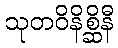
သုတဝိနိစ္ဆိနီ